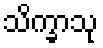
သိက္ခာသု